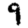
Digit: 9